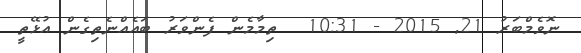
ނޮވެމްބަރު 21